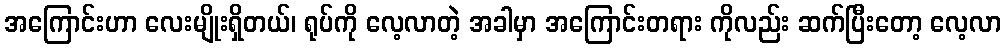
အကြောင်းဟာ လေးမျိုးရှိတယ်၊ ရုပ်ကို လေ့လာတဲ့ အခါမှာ အကြောင်းတရား ကိုလည်း ဆက်ပြီးတော့ လေ့လာ